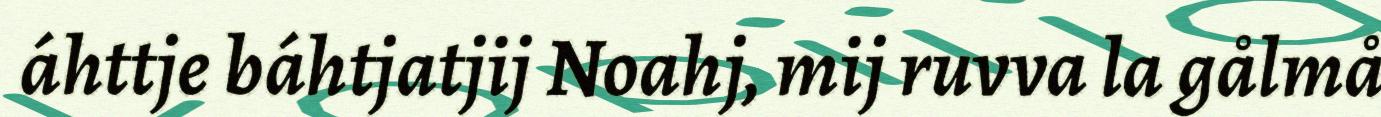
áhttje báhtjatjij Noahj, mij ruvva la gålmå